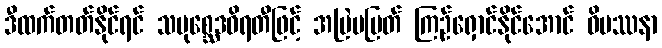
ဒီထက်တတ်နိုင်ရင် သမုစ္ဆေဒဝိရတီဖြင့် အမြဲမပြတ် ကြဉ်ရှောင်နိုင်အောင် ဝိပဿနာ